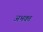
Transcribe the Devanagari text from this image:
अभक्‍त